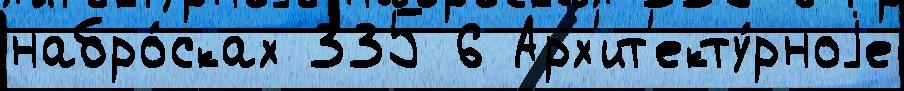
набро́сках 335 6 Арх'ит'екту́рноjе